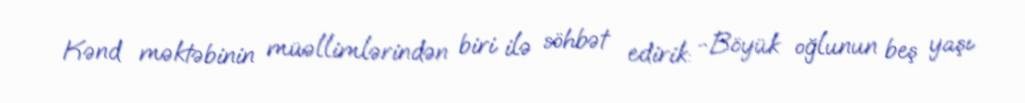
Kənd məktəbinin müəllimlərindən biri ilə söhbət edirik: -Böyük oğlunun beş yaşı